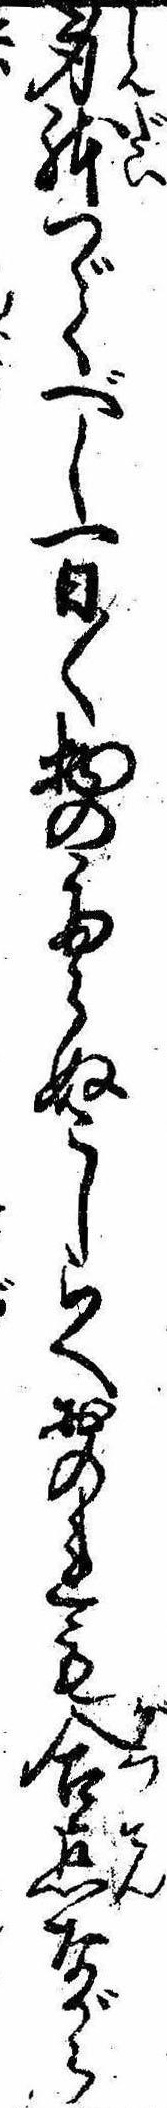
身体つゞくべし一日〱物のたらぬこしらへおのれも合点ながら